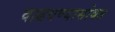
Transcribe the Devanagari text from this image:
वाढवण्यासोबत